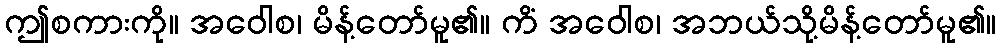
ဤစကားကို။ အဝေါစ၊ မိန့်တော်မူ၏။ ကိံ အဝေါစ၊ အဘယ်သို့မိန့်တော်မူ၏။